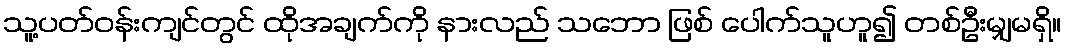
သူ့ပတ်ဝန်းကျင်တွင် ထိုအချက်ကို နားလည် သဘော ဖြစ် ပေါက်သူဟူ၍ တစ်ဦးမျှမရှိ။